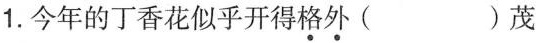
1. 今年的丁香花似乎开得格外( )茂